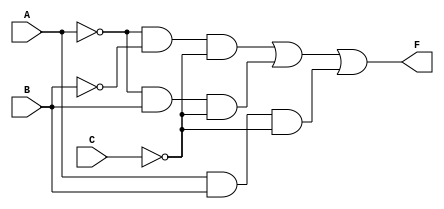
// F = summationABC(0,2,6) = A'*B'*C' + A'*B*C' + A*B*C'
module SystemX (
    output wire F,
    input wire A, B, C
);

    wire An, Bn, Cn;
    wire m0, m2, m6;

    assign An = ~A;
    assign Bn = ~B;
    assign Cn =  ~C;

    assign m0 = An & Bn & Cn;
    assign m2 = An & B & Cn;
    assign m6 = A & B & Cn; 

    assign F = m0 | m2 | m6;
endmodule